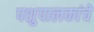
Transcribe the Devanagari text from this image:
पशुपालकांचे